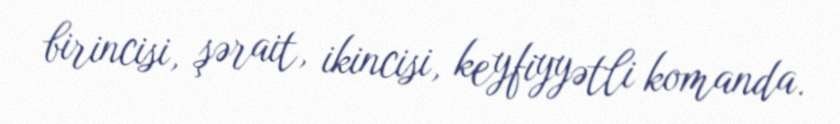
birincisi, şərait, ikincisi, keyfiyyətli komanda.